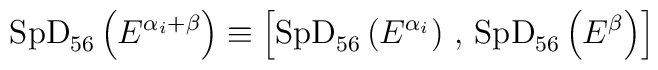
\mathrm{SpD}_{56} \left( E^{ \alpha _i + \beta} \right) \equiv \left[\mathrm{SpD}_{56}\left(E^{\alpha _i} \right) \, , \,\mathrm{SpD}_{56}\left(E^{\beta} \right) \right]